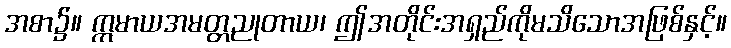
အစာ၌။ ဣမာယအမတ္တညုတာယ၊ ဤအတိုင်းအရှည်ကိုမသိသောအဖြစ်နှင့်။